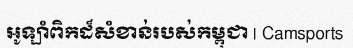
អូឡាំពិកដ៏សំខាន់របស់កម្ពុជា | Camsports